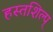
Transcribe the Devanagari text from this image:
हस्तशिल्प्